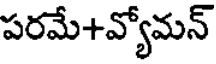
పరమే+వ్యోమన్